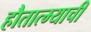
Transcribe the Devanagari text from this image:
हौतात्म्याची